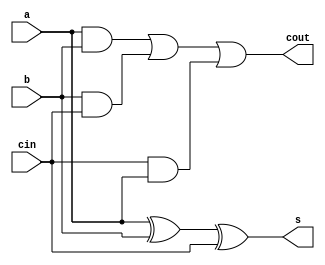
module fulladder(a,b,cin,s,cout
    );
	 input a,b,cin;
	 output s,cout;
	 function sum;
	  input x,y,z;
      begin
	     sum=x^y^z;
	   end
	 endfunction
	 function carry;
	  input x,y,z;
      begin
	     carry=x&y|y&z|z&x;
	   end
	 endfunction
	 assign s=sum(a,b,cin);
	 assign cout=carry(a,b,cin);
endmodule


module fa_tb;

	// Inputs
	reg a;
	reg b;
	reg cin;

	// Outputs
	wire s;
	wire cout;

	// Instantiate the Design Under Test (DUT)
	fulladder dut (a,b,cin,s,cout
	);
	initial cin=1'b0;
	initial b=1'b0;
	initial a=1'b0;
	always #10 cin=cin+1'b1;
	always #20 b=b+1'b1;
	always #40 a=a+1'b1;

endmodule